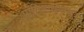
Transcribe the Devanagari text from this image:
प्रातिशाख्यासूत्र